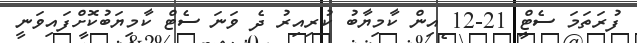
ފުރަތަމަ ސެޓް 21-12 އިން ކާމިޔާބު ކުރިއިރު ދެ ވަނަ ސެޓް ކާމިޔަބުކޮށްފައިވަނީ